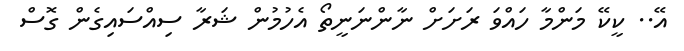
އޭ.. ކީކޭ މަންމާ ހައްވަ ރަށަށް ނާންނަނީތޯ އެހުމުން ޝަރާ ސިއްސައިގެން ގޮސް